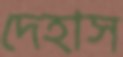
দেহাস